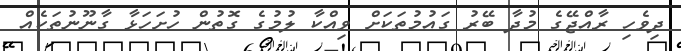
ދިވެހި ރާއްޖޭގެ މުދާ ބޭރު ގައުމުތަކަށް ވިއްކާ ލުމުގެ ގޮތުން ހުށަހަޅާ ގާނޫނުތަކެއް